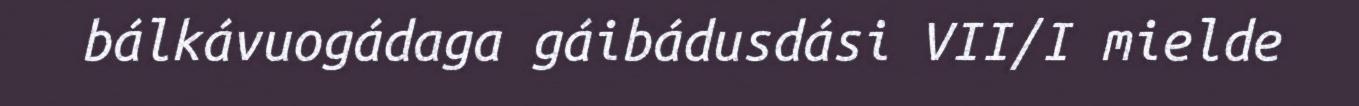
bálkávuogádaga gáibádusdási VII/I mielde